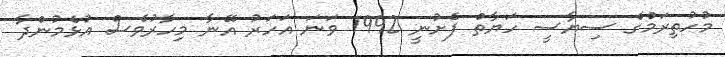
މުހުތިރަމްގެ ސިޔާސީ ހަޔާތް ފެށުނީ 1992 ވަނަ އަހަރު އޭނާ މިހާރުވެސް އުޅެމުންދާ